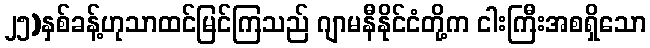
၂၅)နှစ်ခန့်ဟုသာထင်မြင်ကြသည် ဂျာမနီနိုင်ငံတို့က ငါးကြီးအစရှိသော